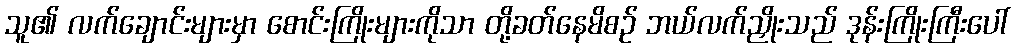
သူ၏ လက်ချောင်းများမှာ စောင်းကြိုးများကိုသာ တို့ခတ်နေမိစဉ် ဘယ်လက်ညှိုးသည် ဒုန်းကြိုးကြီးပေါ်